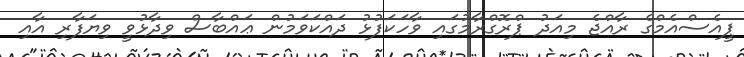
ޕީއެސްއެމްގެ ރާއްޖެ މިއަދު ޕްރޮގްރާމުގައި ވާހަކަފުޅު ދައްކަވަމުން ޢައްބާސް ވިދާޅުވީ ވިޔަފާރި އާއި